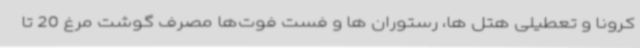
کرونا و تعطیلی هتل ها، رستوران ها و فست فوت‌ها مصرف گوشت مرغ 20 تا